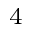
^ 4